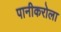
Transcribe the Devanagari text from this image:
पानीकरोला